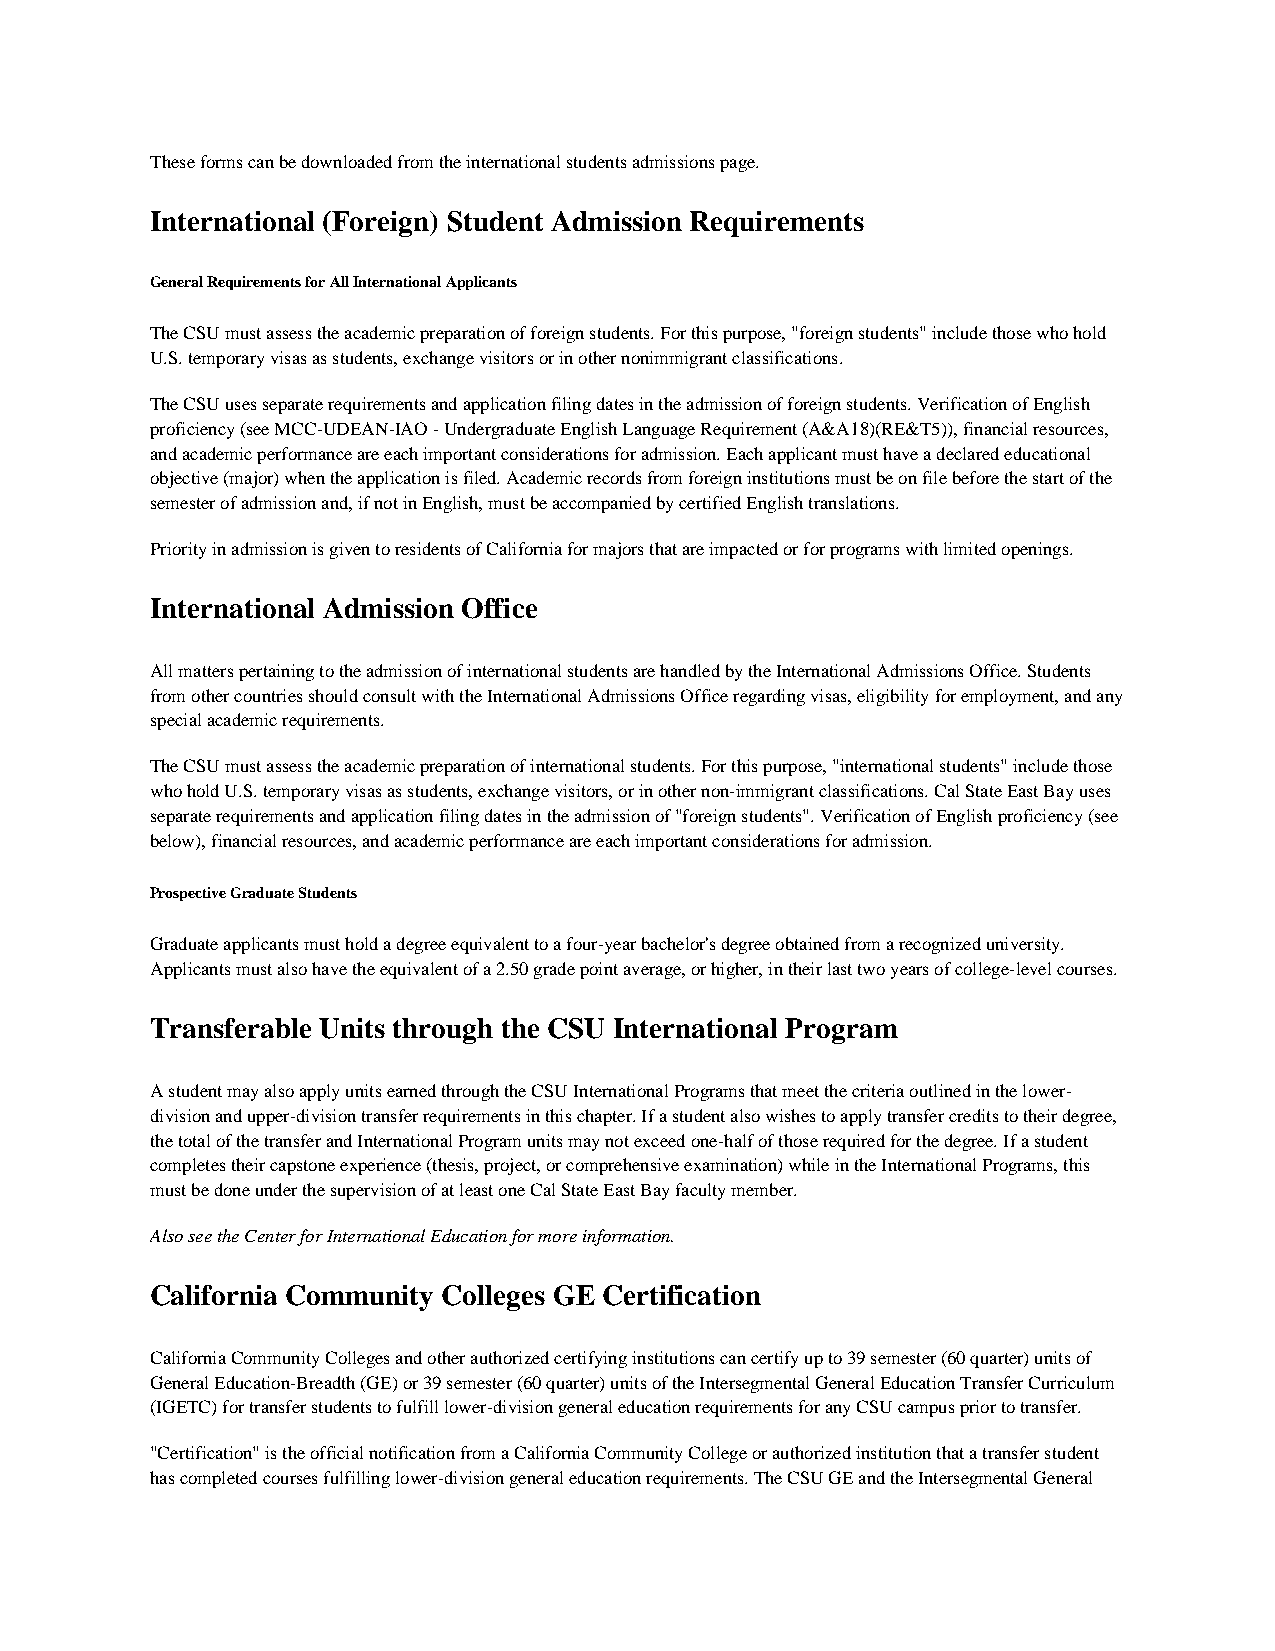
These forms can be downloaded from the international students admissions page.
 International (Foreign) Student Admission Requirements
 General Requirements for All International Applicants
 The CSU must assess the academic preparation of foreign students. For this purpose, "foreign students" include those who hold
 U.S. temporary visas as students, exchange visitors or in other nonimmigrant classifications.
 The CSU uses separate requirements and application filing dates in the admission of foreign students. Verification of English
 proficiency (see MCC-UDEAN-IAO - Undergraduate English Language Requirement (A&A18)(RE&T5)), financial resources,
 and academic performance are each important considerations for admission. Each applicant must have a declared educational
 objective (major) when the application is filed. Academic records from foreign institutions must be on file before the start of the
 semester of admission and, if not in English, must be accompanied by certified English translations.
 Priority in admission is given to residents of California for majors that are impacted or for programs with limited openings.
 International Admission Office
 All matters pertaining to the admission of international students are handled by the International Admissions Office. Students
 from other countries should consult with the International Admissions Office regarding visas, eligibility for employment, and any
 special academic requirements.
 The CSU must assess the academic preparation of international students. For this purpose, "international students" include those
 who hold U.S. temporary visas as students, exchange visitors, or in other non-immigrant classifications. Cal State East Bay uses
 separate requirements and application filing dates in the admission of "foreign students". Verification of English proficiency (see
 below), financial resources, and academic performance are each important considerations for admission.
 Prospective Graduate Students
 Graduate applicants must hold a degree equivalent to a four-year bachelor's degree obtained from a recognized university.
 Applicants must also have the equivalent of a 2.50 grade point average, or higher, in their last two years of college-level courses.
 Transferable Units through the CSU International Program
 A student may also apply units earned through the CSU International Programs that meet the criteria outlined in the lower-
 division and upper-division transfer requirements in this chapter. If a student also wishes to apply transfer credits to their degree,
 the total of the transfer and International Program units may not exceed one-half of those required for the degree. If a student
 completes their capstone experience (thesis, project, or comprehensive examination) while in the International Programs, this
 must be done under the supervision of at least one Cal State East Bay faculty member.
 Also see the Center for International Education for more information.
 California Community Colleges GE Certification
 California Community Colleges and other authorized certifying institutions can certify up to 39 semester (60 quarter) units of
 General Education-Breadth (GE) or 39 semester (60 quarter) units of the Intersegmental General Education Transfer Curriculum
 (IGETC) for transfer students to fulfill lower-division general education requirements for any CSU campus prior to transfer.
 "Certification" is the official notification from a California Community College or authorized institution that a transfer student
 has completed courses fulfilling lower-division general education requirements. The CSU GE and the Intersegmental General